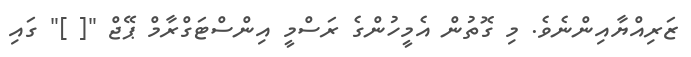
ޒަރިއްޔާއިންނެވެ. މި ގޮތުން އެމީހުންގެ ރަސްމީ އިންސްޓަގްރާމް ޕޭޖް "[ ]" ގައި